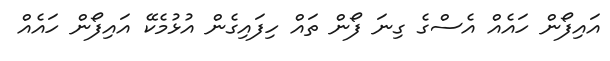
އައިފޯން ހައެއް އެސްގެ ގިނަ ފޯން ތައް ހިފައިގެން އުޅުމެކޭ އައިފޯން ހައެއް